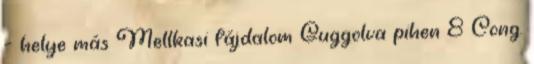
– helye más Mellkasi fájdalom Guggolva pihen 8 Cong.